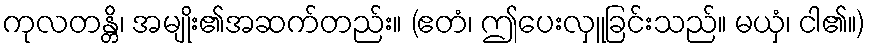
ကုလတန္တိ၊ အမျိုး၏အဆက်တည်း။ (ဧတံ၊ ဤပေးလှူခြင်းသည်။ မယှံ၊ ငါ၏။)